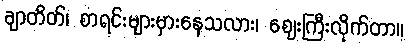
ချာတိတ်၊ စာရင်းများမှားနေသလား၊ ဈေးကြီးလိုက်တာ။